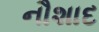
નૌશાદ